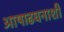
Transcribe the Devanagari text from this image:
आषाढघनाशी